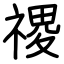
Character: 禝